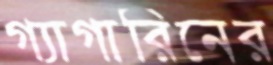
গ্যাগারিনের